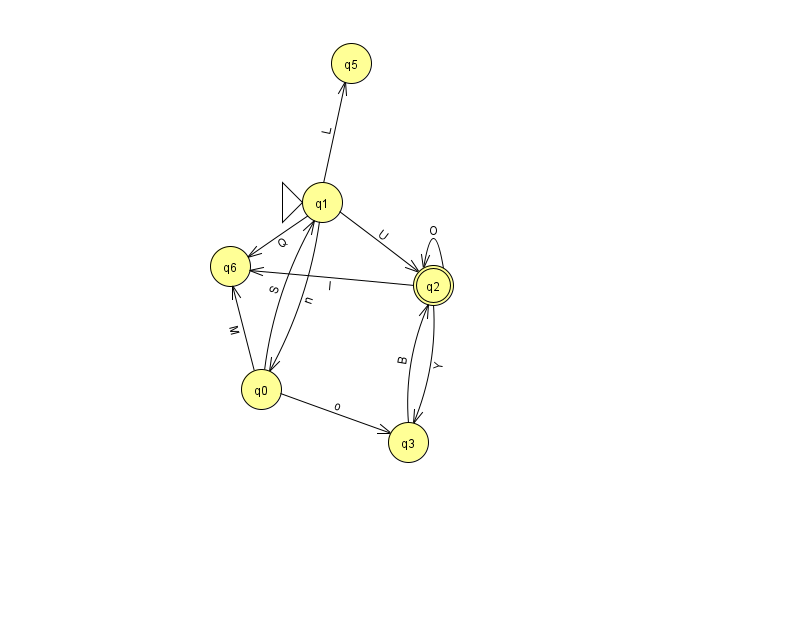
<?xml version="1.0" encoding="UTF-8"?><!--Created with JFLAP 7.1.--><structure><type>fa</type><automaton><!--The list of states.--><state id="0" name="q0"><x>261.0</x><y>376.0</y></state><state id="1" name="q1"><x>322.0</x><y>189.0</y><initial/></state><state id="2" name="q2"><x>433.0</x><y>272.0</y><final/></state><state id="3" name="q3"><x>408.0</x><y>429.0</y></state><state id="5" name="q5"><x>351.0</x><y>50.0</y></state><state id="6" name="q6"><x>230.0</x><y>253.0</y></state><!--The list of transitions.--><transition><from>1</from><to>6</to><read>Q</read></transition><transition><from>0</from><to>6</to><read>M</read></transition><transition><from>2</from><to>6</to><read>I</read></transition><transition><from>1</from><to>5</to><read>L</read></transition><transition><from>3</from><to>2</to><read>B</read></transition><transition><from>1</from><to>0</to><read>n</read></transition><transition><from>1</from><to>2</to><read>U</read></transition><transition><from>0</from><to>1</to><read>S</read></transition><transition><from>2</from><to>3</to><read>Y</read></transition><transition><from>0</from><to>3</to><read>o</read></transition><transition><from>2</from><to>2</to><read>O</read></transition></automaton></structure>